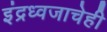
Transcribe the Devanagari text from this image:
इंद्रध्वजाचेही